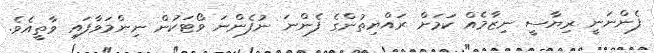
ފެންނަނީ ރިޔާސީ ނިޒާމެއް ކަމަށް ރައްޔިތުންގެ ފެންނަ ނުފެންނަ ވޯޓަކުން ނިންމަވާފައި ވާތީއެވެ.